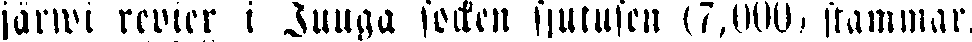
järwi revier i Juuga socken sjutusen (7,000, stammar,